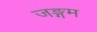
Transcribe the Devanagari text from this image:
जङ्गम